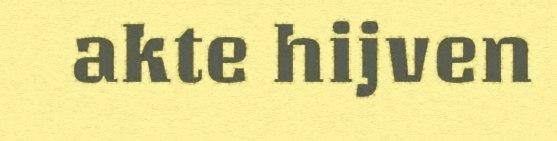
akte hijven